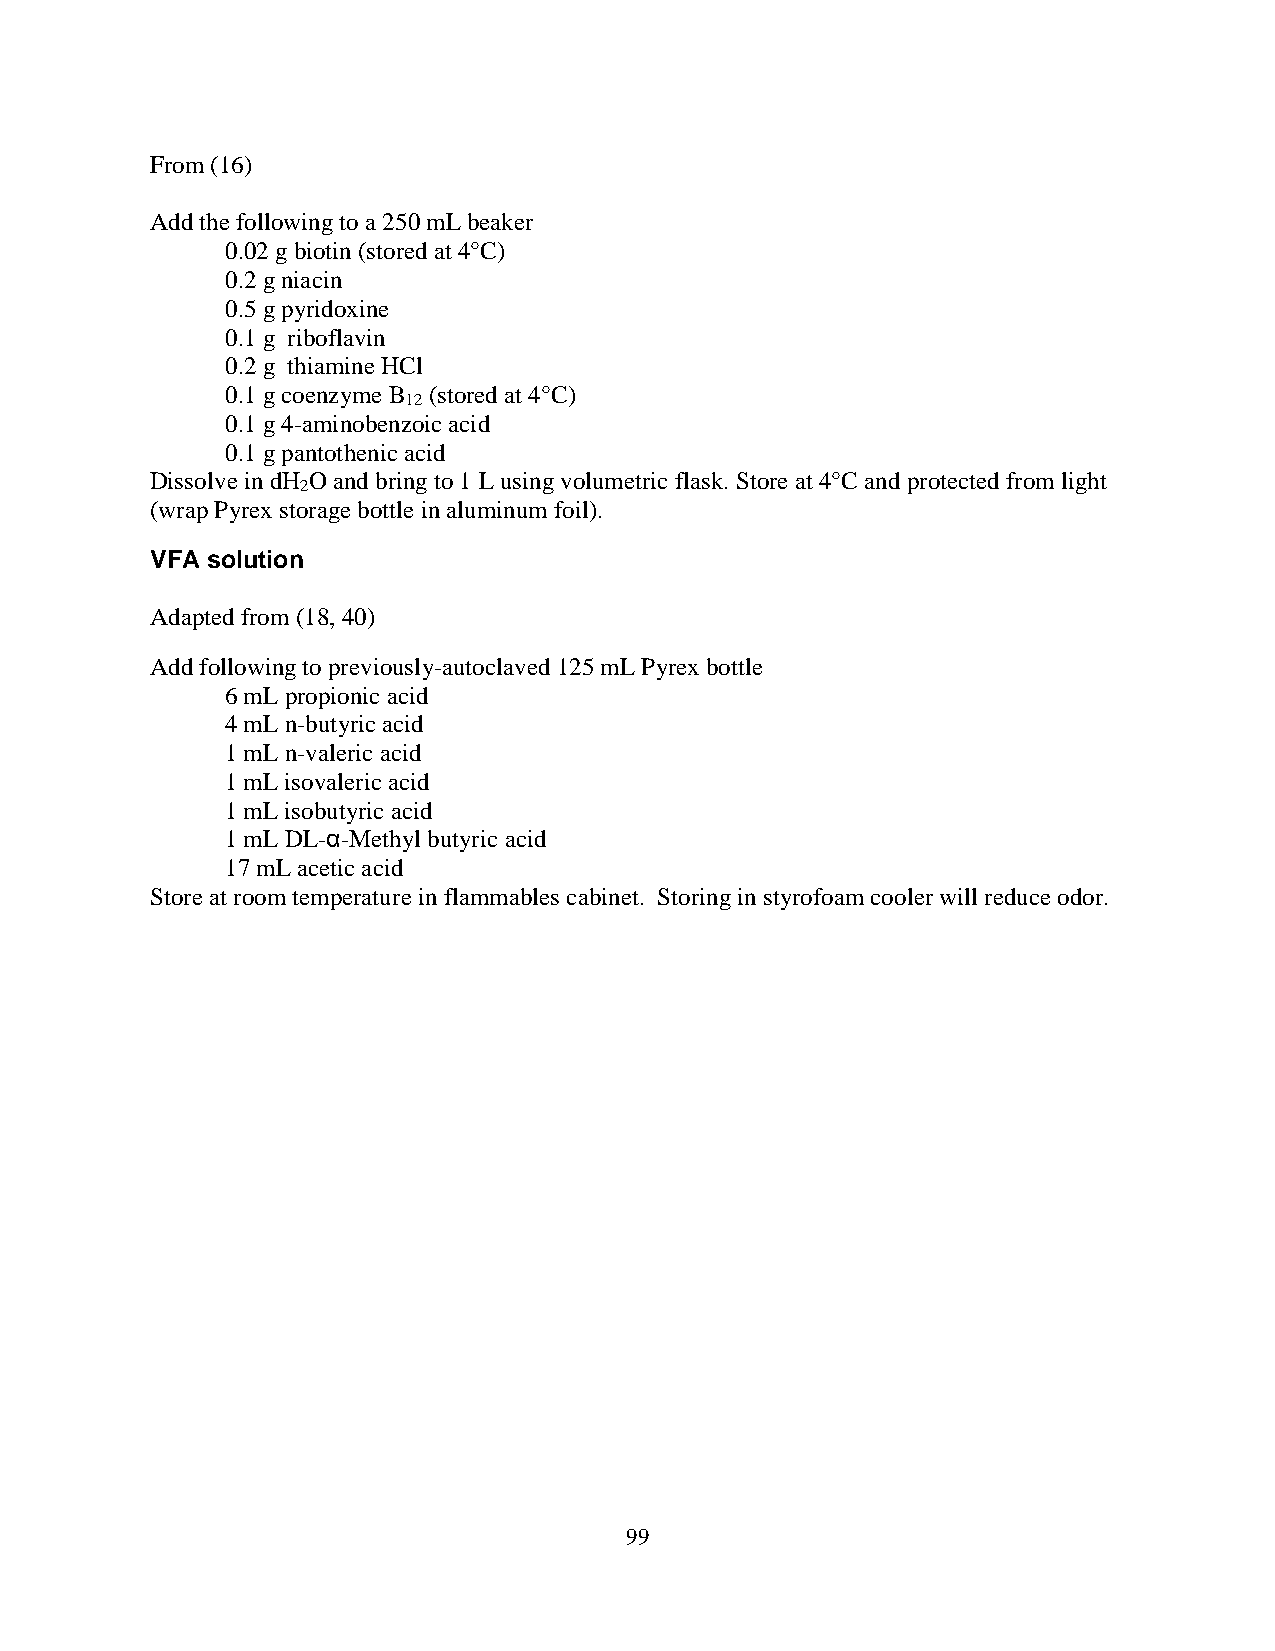
From (16)
 Add the following to a 250 mL beaker
 0.02 g biotin (stored at 4°C)
 0.2 g niacin
 0.5 g pyridoxine
 0.1 g riboflavin
 0.2 g thiamine HCl
 0.1 g coenzyme B (stored at 4°C)
 12
 0.1 g 4-aminobenzoic acid
 0.1 g pantothenic acid
 Dissolve in dH O and bring to 1 L using volumetric flask. Store at 4°C and protected from light
 2
 (wrap Pyrex storage bottle in aluminum foil).
 VFA solution
 Adapted from (18, 40)
 Add following to previously-autoclaved 125 mL Pyrex bottle
 6 mL propionic acid
 4 mL n-butyric acid
 1 mL n-valeric acid
 1 mL isovaleric acid
 1 mL isobutyric acid
 1 mL DL-α-Methyl butyric acid
 17 mL acetic acid
 Store at room temperature in flammables cabinet. Storing in styrofoam cooler will reduce odor.
 99